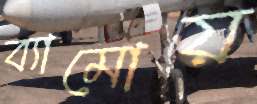
ব্যামোয়